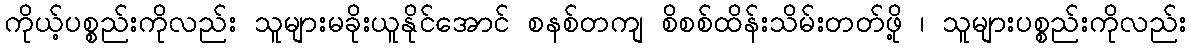
ကိုယ့်ပစ္စည်းကိုလည်း သူများမခိုးယူနိုင်အောင် စနစ်တကျ စိစစ်ထိန်းသိမ်းတတ်ဖို့ ၊ သူများပစ္စည်းကိုလည်း